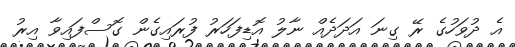
އެ ދުވަހުގެ ރޭ ގިނަ އަދަދެއް ނާލު އޮޑިފަހަރު ފުރައިގެން ގޮސްފައިވާ އިރު